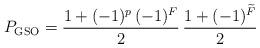
LaTeX: \begin{align*}P_{\rm GSO} = \frac{1+(-1)^p\,(-1)^F}{2}\,\frac{1+(-1)^{\widetilde F}}{2}\end{align*}